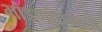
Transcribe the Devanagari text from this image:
भांडणांप्रमाणे